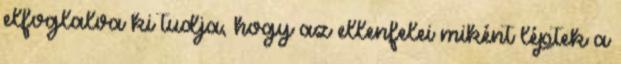
elfoglalva ki tudja, hogy az ellenfelei miként léptek a